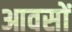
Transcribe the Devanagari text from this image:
आवसों